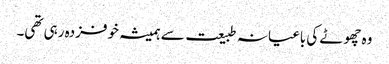
وہ چھوٹے کی باغیانہ طبیعت سے ہمیشہ خوفزدہ رہی تھی۔